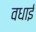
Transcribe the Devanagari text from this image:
वधाई